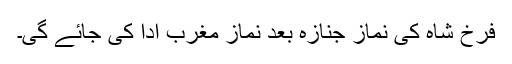
فرخ شاہ کی نماز جنازہ بعد نماز مغرب ادا کی جائے گی۔